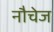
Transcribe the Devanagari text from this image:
नौचेज